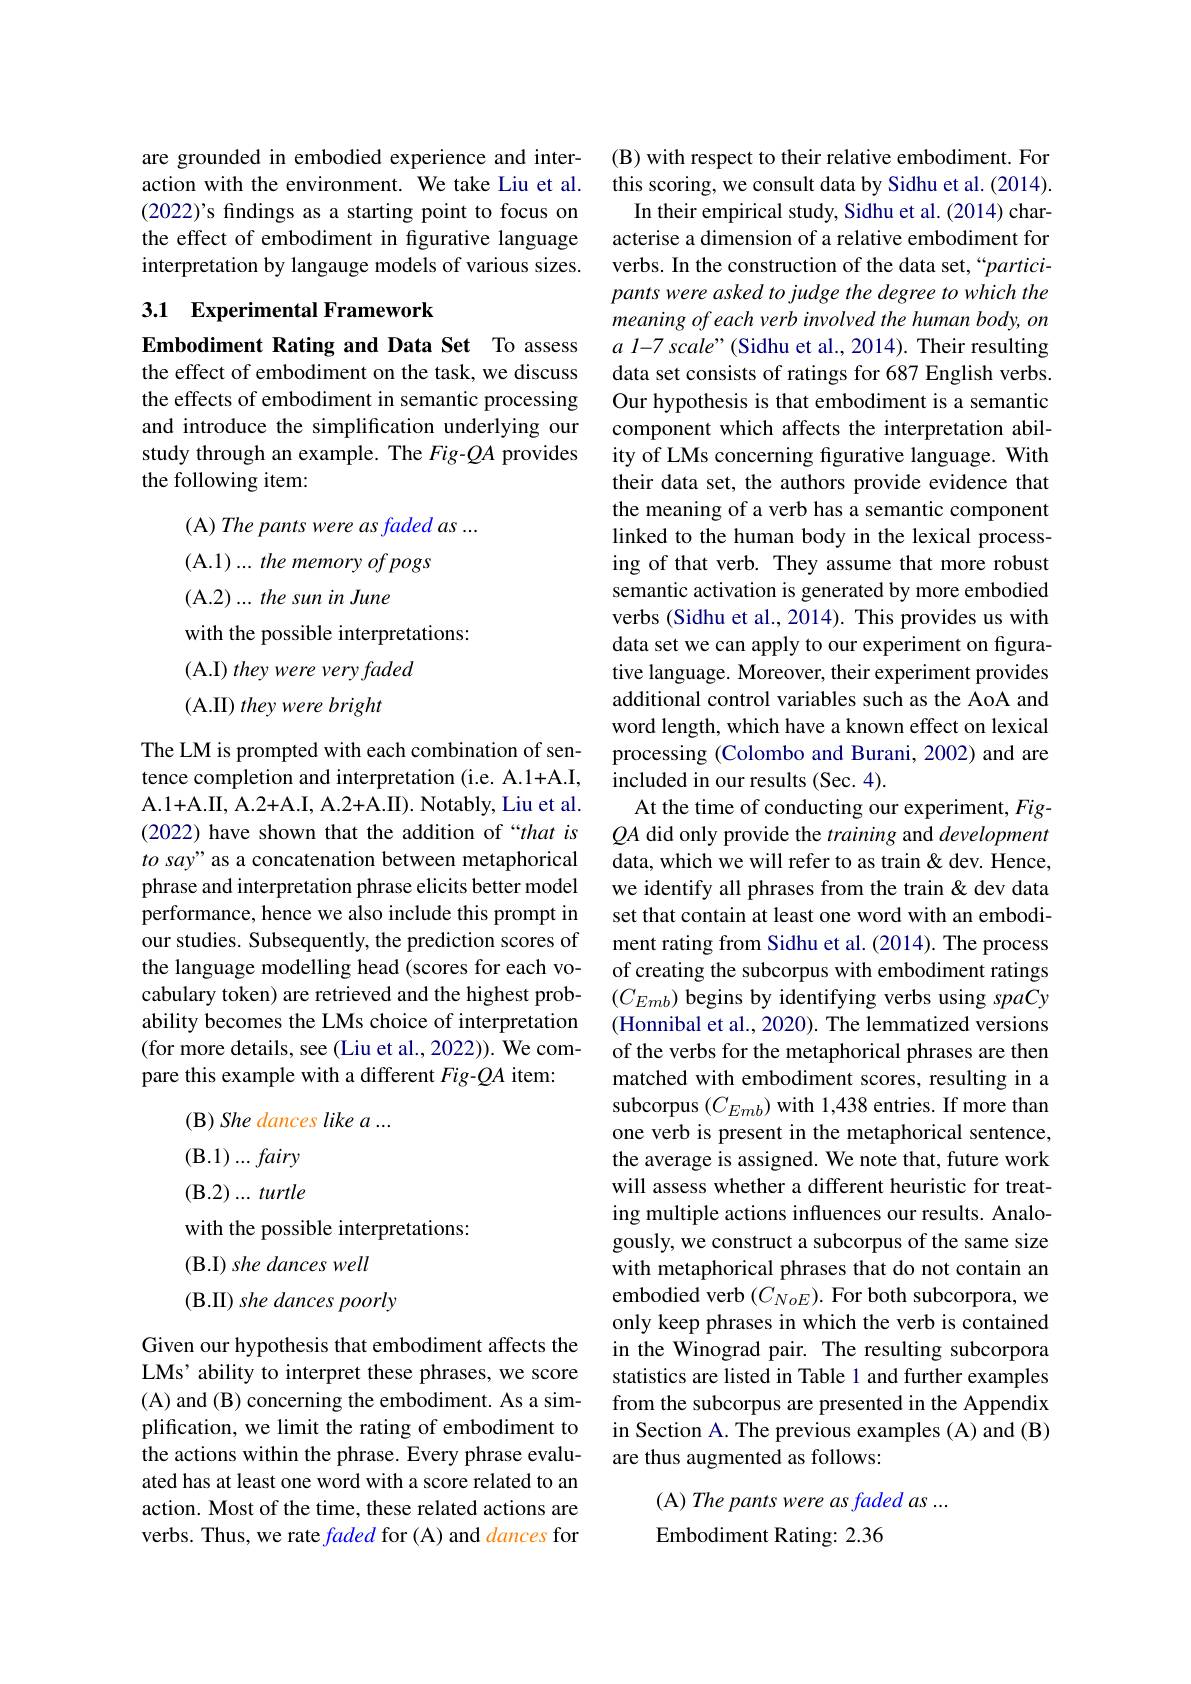
are grounded in embodied experience and interaction with the environment. We take Liu et al. (2022)'s findings as a starting point to focus on the effect of embodiment in figurative language interpretation by langauge models of various sizes.

## 3.1 Experimental Framework

Embodiment Rating and Data Set To assess the effect of embodiment on the task, we discuss the effects of embodiment in semantic processing and introduce the simplification underlying our study through an example. The Fig-$QA$ provides the following item:
(A) The pants were as faded as ...
(A.1)...the memory of pogs
(A.2)...the sun in June
with the possible interpretations:
(A.I) they were very faded
(A.II) they were bright
The LM is prompted with each combination of sentence completion and interpretation (i.e. A.1+A.I, A. 1+ A. II, A. 2+ A. I, A. 2+ A. II) . Notably, Liu et al. (2022) have shown that the addition of “that is to say" as a concatenation between metaphorical phrase and interpretation phrase elicits better model performance, hence we also include this prompt in our studies. Subsequently, the prediction scores of the language modelling head (scores for each vocabulary token) are retrieved and the highest probability becomes the LMs choice of interpretation (for more details, see (Liu et al., 2022)). We compare this example with a different Fig-QA item:
(B) She dances like a ...
$(\mathbf{B}.1)...fairy$ $(\mathbf{B}.2)...turtle$ with the possible interpretations:
(B.I) she dances well
(B.II) she dances poorly
Given our hypothesis that embodiment affects the LMs' ability to interpret these phrases, we score (A) and (B) concerning the embodiment. As a simplification, we limit the rating of embodiment to the actions within the phrase. Every phrase evaluated has at least one word with a score related to an action. Most of the time, these related actions are verbs. Thus, we rate faded for (A) and dances for

(B) with respect to their relative embodiment. For this scoring, we consult data by Sidhu et al. (2014).
In their empirical study, Sidhu et al. (2014) characterise a dimension of a relative embodiment for verbs. In the construction of the data set,“participants were asked to judge the degree to which the meaning of each verb involved the human body, on $a\textit{ l- 7 scale" ( Sidhu et al. , 2014) . Their resulting}$ data set consists of ratings for 687 English verbs. Our hypothesis is that embodiment is a semantic component which affects the interpretation ability of LMs concerning figurative language. With their data set, the authors provide evidence that the meaning of a verb has a semantic component linked to the human body in the lexical processing of that verb. They assume that more robust semantic activation is generated by more embodied verbs (Sidhu et al., 2014). This provides us with data set we can apply to our experiment on figurative language. Moreover, their experiment provides additional control variables such as the AoA and word length, which have a known effect on lexical processing (Colombo and Burani, 2002) and are included in our results (Sec. 4).
At the time of conducting our experiment, Fig- $QA$ did only provide the training and development data, which we will refer to as train & dev. Hence, we identify all phrases from the train & dev data set that contain at least one word with an embodiment rating from Sidhu et al. (2014). The process of creating the subcorpus with embodiment ratings $(C_{Emb})$ begins by identifying verbs using spaCy (Honnibal et al., 2020). The lemmatized versions of the verbs for the metaphorical phrases are then matched with embodiment scores, resulting in a subcorpus $(C_{Emb})$ with 1,438 entries. If more than one verb is present in the metaphorical sentence, the average is assigned. We note that, future work will assess whether a different heuristic for treating multiple actions influences our results. Analogously, we construct a subcorpus of the same size with metaphorical phrases that do not contain an embodied verb $(C_{NoE}).$ For both subcorpora, we only keep phrases in which the verb is contained in the Winograd pair. The resulting subcorpora statistics are listed in Table 1 and further examples from the subcorpus are presented in the Appendix in Section A. The previous examples (A) and (B) are thus augmented as follows:
(A) The pants were as faded as ...

Embodiment Rating: 2.36